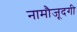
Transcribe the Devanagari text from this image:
नामौजूदगी